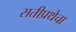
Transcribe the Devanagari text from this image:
सतीप्रथेचा